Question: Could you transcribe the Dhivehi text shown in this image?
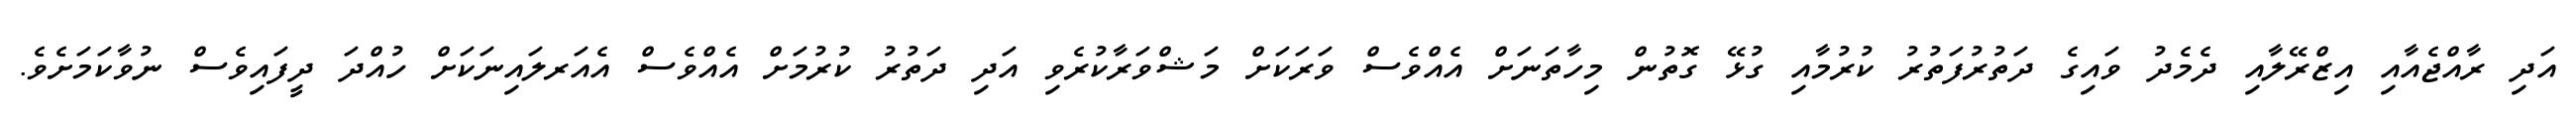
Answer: އަދި ރާއްޖެއާއި އިޒްރޭލާއި ދެމެދު ވައިގެ ދަތުރުފަތުރު ކުރުމާއި ގުޅޭ ގޮތުން މިހާތަނަށް އެއްވެސް ވަރަކަށް މަޝްވަރާކުރެވި އަދި ދަތުރު ކުރުމަށް އެއްވެސް އެއަރލައިނަކަށް ހުއްދަ ދީފައިވެސް ނުވާކަމަށެވެ.